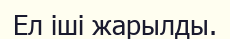
Ел іші жарылды.